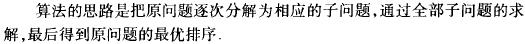
算法的思路是把原问题逐次分解为相应的子问题，通过全部子问题的求解，最后得到原问题的最优排序.